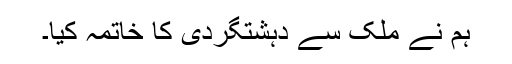
ہم نے ملک سے دہشتگردی کا خاتمہ کیا۔